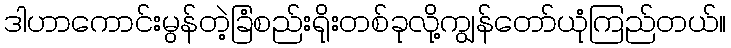
ဒါဟာကောင်းမွန်တဲ့ခြံစည်းရိုးတစ်ခုလို့ကျွန်တော်ယုံကြည်တယ်။